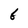
Character: 6